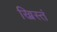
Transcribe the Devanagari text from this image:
ख्रिस्तं